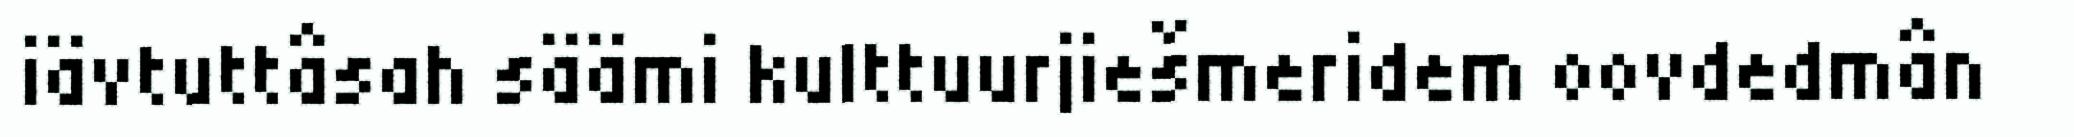
iävtuttâsah säämi kulttuurjiešmeridem oovdedmân